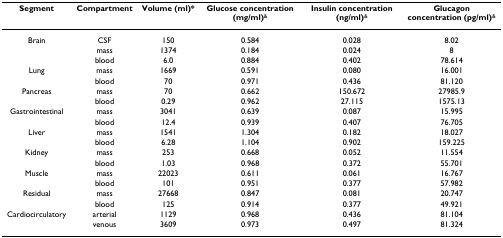
<table><thead><tr><td><b>Segment</b></td><td><b>Compartment</b></td><td><b>Volume (ml)*</b></td><td><b>Glucose concentration (mg/ml)<sup>&amp;</sup></b></td><td><b>Insulin concentration (ng/ml)<sup>&amp;</sup></b></td><td><b>Glucagon concentration (pg/ml)<sup>&amp;</sup></b></td></tr></thead><tbody><tr><td>Brain</td><td>CSF</td><td>150</td><td>0.584</td><td>0.028</td><td>8.02</td></tr><tr><td></td><td>mass</td><td>1374</td><td>0.184</td><td>0.024</td><td>8</td></tr><tr><td></td><td>blood</td><td>6.0</td><td>0.884</td><td>0.402</td><td>78.614</td></tr><tr><td>Lung</td><td>mass</td><td>1669</td><td>0.591</td><td>0.080</td><td>16.001</td></tr><tr><td></td><td>blood</td><td>70</td><td>0.971</td><td>0.436</td><td>81.120</td></tr><tr><td>Pancreas</td><td>mass</td><td>70</td><td>0.662</td><td>150.672</td><td>27985.9</td></tr><tr><td></td><td>blood</td><td>0.29</td><td>0.962</td><td>27.115</td><td>1575.13</td></tr><tr><td>Gastrointestinal</td><td>mass</td><td>3041</td><td>0.639</td><td>0.087</td><td>15.995</td></tr><tr><td></td><td>blood</td><td>12.4</td><td>0.939</td><td>0.407</td><td>76.705</td></tr><tr><td>Liver</td><td>mass</td><td>1541</td><td>1.304</td><td>0.182</td><td>18.027</td></tr><tr><td></td><td>blood</td><td>6.28</td><td>1.104</td><td>0.902</td><td>159.225</td></tr><tr><td>Kidney</td><td>mass</td><td>253</td><td>0.668</td><td>0.052</td><td>11.554</td></tr><tr><td></td><td>blood</td><td>1.03</td><td>0.968</td><td>0.372</td><td>55.701</td></tr><tr><td>Muscle</td><td>mass</td><td>22023</td><td>0.611</td><td>0.061</td><td>16.767</td></tr><tr><td></td><td>blood</td><td>101</td><td>0.951</td><td>0.377</td><td>57.982</td></tr><tr><td>Residual</td><td>mass</td><td>27668</td><td>0.847</td><td>0.081</td><td>20.747</td></tr><tr><td></td><td>blood</td><td>125</td><td>0.914</td><td>0.377</td><td>49.921</td></tr><tr><td>Cardiocirculatory</td><td>arterial</td><td>1129</td><td>0.968</td><td>0.436</td><td>81.104</td></tr><tr><td></td><td>venous</td><td>3609</td><td>0.973</td><td>0.497</td><td>81.324</td></tr></tbody></table>